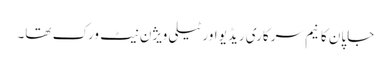
جاپان کا نیم سرکاری ریڈیو اور ٹیلی ویژن نیٹ ورک تھا۔